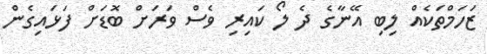
ޒަހަމްތަކެއް ލިބި އޭނާގެ ދެ ލޯ ކައިރި ވެސް ވަރަށް ބޮޑަށް ފަޅައިގެން